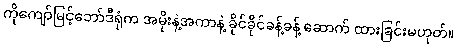
ကိုကျော်မြင့်ဘော်ဒီရုံက အမိုးနဲ့အကာနဲ့ ခိုင်ခိုင်ခန့်ခန့် ဆောက် ထားခြင်းမဟုတ်။